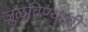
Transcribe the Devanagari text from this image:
जुळविण्याची